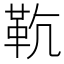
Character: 𩉳